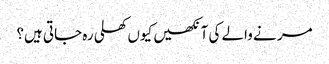
مر نے والے کی آنکھیں کیوں کھلی رہ جاتی ہیں؟